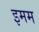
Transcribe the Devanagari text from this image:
इमम